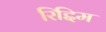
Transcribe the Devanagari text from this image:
रिद्दिम